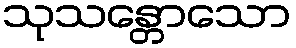
သုသန္တောသော